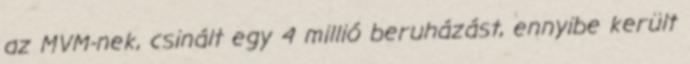
az MVM-nek, csinált egy 4 millió beruházást, ennyibe került